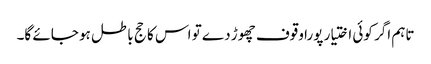
تاہم اگر کوئی اختیار پورا وقوف چھوڑ دے تو اس کا حج باطل ہو جائے گا۔